Civil Veterinary Dept. Assam report 1927-50 - 1927-1950
Year: 1927
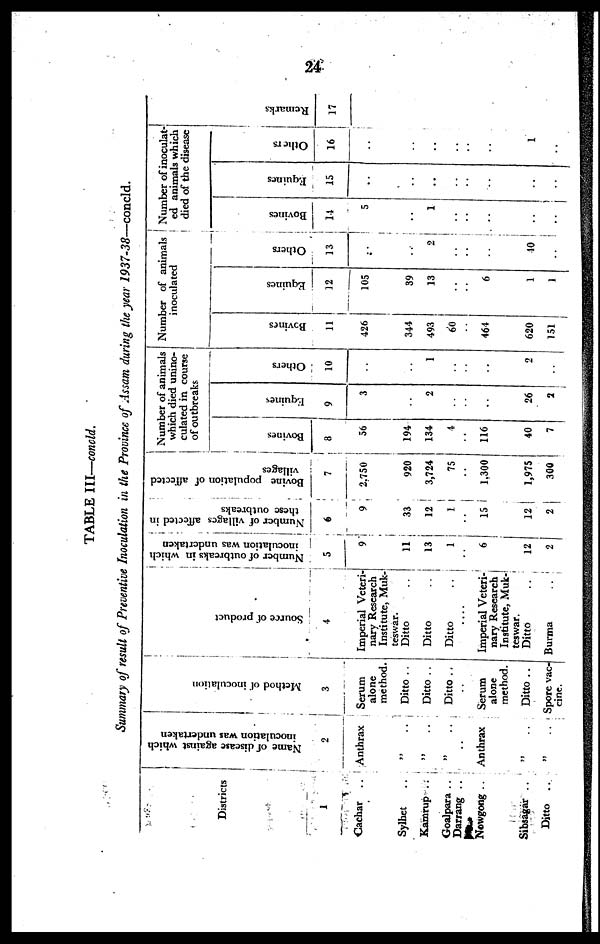
24
TABLE III—concld.
Summary of result of Preventive Inoculation in the Province of Assam during the year 1937-38—eoncld.
Districts
1
Cachar ..
Sylhet ..
Kamrup ..
Goalpara ..
Darrang ..
Nowgong ..
Sibsagar ..
Ditto ..
Name of disease against which
inoculation was undertaken
2
Anthrax
„ ..
„ ..
„ ..
„ ..
Anthrax
„ ..
„ ..
Method of inoculation
3
Serum
alone
method.
Ditto ..
Ditto ..
Ditto ..
Serum
alone
method.
Ditto ..
Spore vac-
cine.
Source of product
4
Imperial Veteri-
nary Research
Institute, Muk-
teswar.
Ditto ..
Ditto ..
Ditto ..
Imperial Veteri-
nary Research
Institute, Muk-
teswar.
Ditto ..
Burma ..
Number of outbreaks in which
inoculation was undertaken
5
9
11
13
1
6
12
2
Number of villages affected in
these outbreaks
6
9
33
12
1
..
15
12 |
2
Bovine population of affected
villages
7
2,750
920
3,724
75
1,300
1,975
300
Number of animals
which died unino-
culated in course
of outbreaks
Bovines
8
56
194
134
4
116
40
7
Equines
9
3
..
2
..
..
26
2
Others
10
..
..
1
..
..
2
..
Number of animals
inoculated
Bovines
11
426
344
493
60
464
620
151
Equines
12
105
39
13
..
6
1
1
Ot her s
13
..
..
2
..
..
40
..
Number of inoculat-
ed animals which
died of the disease
Bovines
14
5
..
1
..
..
..
..
Equi nes
15
..
..
..
..
..
..
..
Ot her s
16
..
..
..
..
..
1
..
Re ma r
ks
17